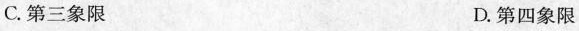
C.第三象限 D.第四象限